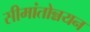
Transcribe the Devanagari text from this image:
सीमांतोन्नयन